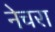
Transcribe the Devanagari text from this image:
नेचरा